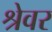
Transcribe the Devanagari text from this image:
श्रेवर